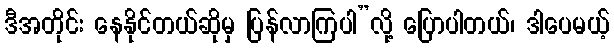
ဒီအတိုင်း နေနိုင်တယ်ဆိုမှ ပြန်လာကြပါ”လို့ ပြောပါတယ်၊ ဒါပေမယ့်